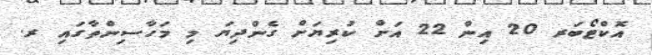
އޮކްޓޯބަރ 20 އިން 22 އަށް ކުރިޔަށް ގެންދިޔަ މި މަހާސިންތާގައި ރ.